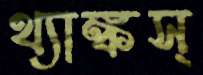
থ্যাঙ্কস্